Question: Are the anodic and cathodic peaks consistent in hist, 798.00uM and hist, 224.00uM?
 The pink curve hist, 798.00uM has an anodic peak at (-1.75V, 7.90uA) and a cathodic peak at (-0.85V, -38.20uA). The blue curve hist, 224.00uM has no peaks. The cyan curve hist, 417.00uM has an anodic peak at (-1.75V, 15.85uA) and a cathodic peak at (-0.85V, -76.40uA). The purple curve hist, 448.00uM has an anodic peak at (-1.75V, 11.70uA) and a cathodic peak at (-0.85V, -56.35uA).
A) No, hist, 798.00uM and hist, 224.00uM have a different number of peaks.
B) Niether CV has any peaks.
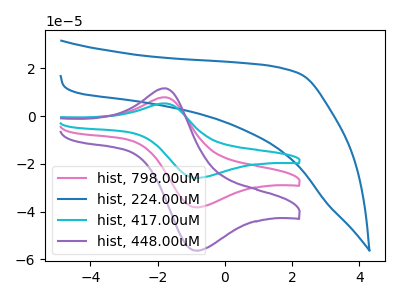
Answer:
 <answer>A) No, "hist, 798.00uM" and "hist, 224.00uM" have a different number of peaks.</answer>
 <eval>A</eval>